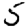
Digit: 5